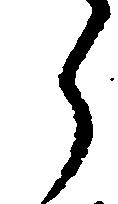
ら